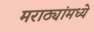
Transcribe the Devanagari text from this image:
मराठ्यांमध्ये